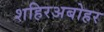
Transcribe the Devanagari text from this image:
शहिरअबोहर